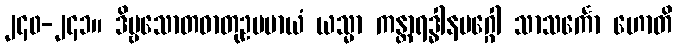
၂၄၀-၂၄၁။ ဒိဗ္ဗသောတဓာတုဥပမာယံ ယသ္မာ ကန္တာရဒ္ဓါနမဂ္ဂေါ သာသင်္ကော ဟောတိ